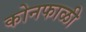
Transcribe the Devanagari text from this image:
कोनफाळी